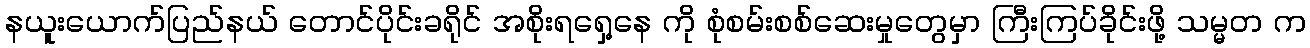
နယူးယောက်ပြည်နယ် တောင်ပိုင်းခရိုင် အစိုးရရှေ့နေ ကို စုံစမ်းစစ်ဆေးမှုတွေမှာ ကြီးကြပ်ခိုင်းဖို့ သမ္မတ က